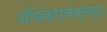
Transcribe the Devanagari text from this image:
अधिकारकर्तव्य